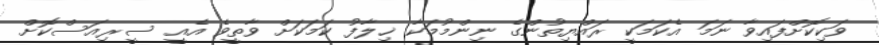
ވަކިކޮށްފައިވާ ނަމަ އެކަމަކީ ރައްޔިތުންގެ ނިންމުމަކާ ޚިލާފު ކަމަކަށް ވާތީވެ އެއީ ސީރިއަސްކޮށް